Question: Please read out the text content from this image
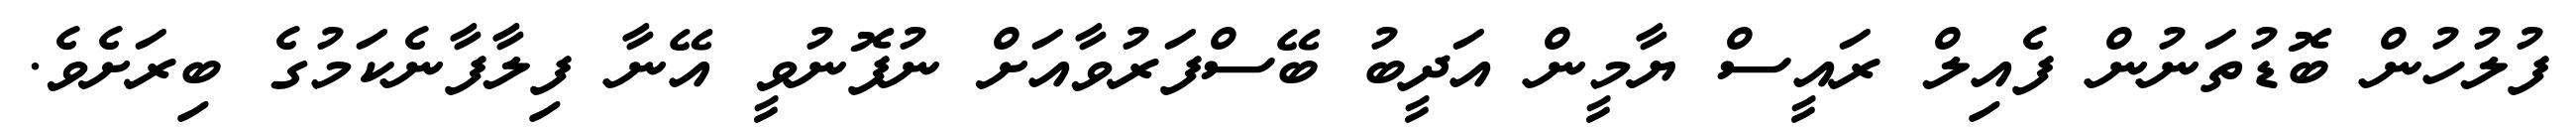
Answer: ފުލުހުން ބޮޑުތަނުން ފެއިލް ރައީސް ޔާމީން އަދީބު ބޭސްފަރުވާއަށް ނުފޮނުވީ އޭނާ ފިލާފާނެކަމުގެ ބިރަށެވެ.